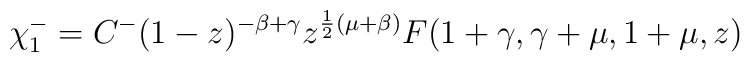
\chi_1^- =C^- (1-z)^{-\beta +\gamma}z^{\frac{1}{2} (\mu +\beta)}F (1+\gamma , \gamma +\mu , 1+\mu , z)